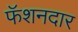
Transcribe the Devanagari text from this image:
फॅशनदार